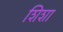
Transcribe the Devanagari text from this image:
शिशा